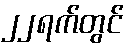
၂၂ရက်တွင်